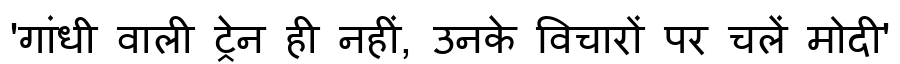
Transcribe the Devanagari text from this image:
'गांधी वाली ट्रेन ही नहीं, उनके विचारों पर चलें मोदी'